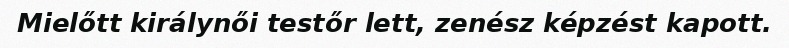
Mielőtt királynői testőr lett, zenész képzést kapott.